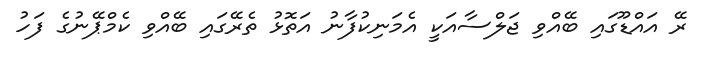
ރޭ އައްޑޫގައި ބޭއްވި ޖަލްސާއަކީ އެމަނިކުފާނު އަތޮޅު ތެރޭގައި ބޭއްވި ކެމްޕޭނުގެ ފަހު